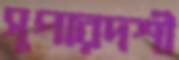
সুপারদর্শী